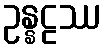
ဥန္နဠဿ